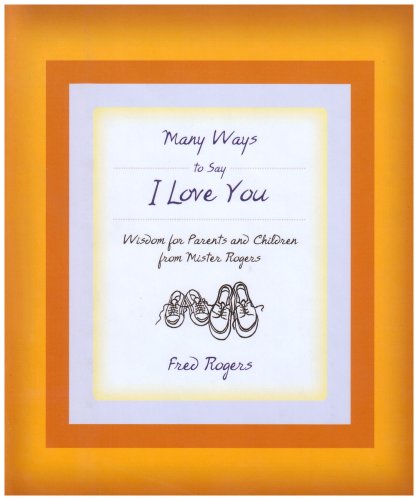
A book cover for Many Ways to Say I Love You: Wisdom for Parents and Children from Mister Rogers; Fred Rogers; Self-Help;